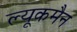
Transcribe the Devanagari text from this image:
ल्यूकमैन